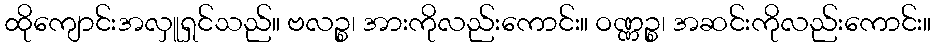
ထိုကျောင်းအလှူရှင်သည်။ ဗလဉ္စ၊ အားကိုလည်းကောင်း။ ဝဏ္ဏဉ္စ၊ အဆင်းကိုလည်းကောင်း။